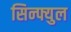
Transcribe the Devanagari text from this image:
सिन्फ्युल